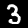
Label: 3